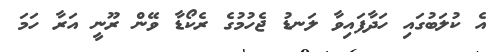
އެ ކުލަބުގައި ހަދާފައިވާ ލަނޑު ޖެހުމުގެ ރެކޯޑާ ވޭން ރޫނީ އަރާ ހަމަ